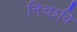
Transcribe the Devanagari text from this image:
निच्छवि